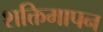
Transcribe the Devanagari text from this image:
शक्तिमापन